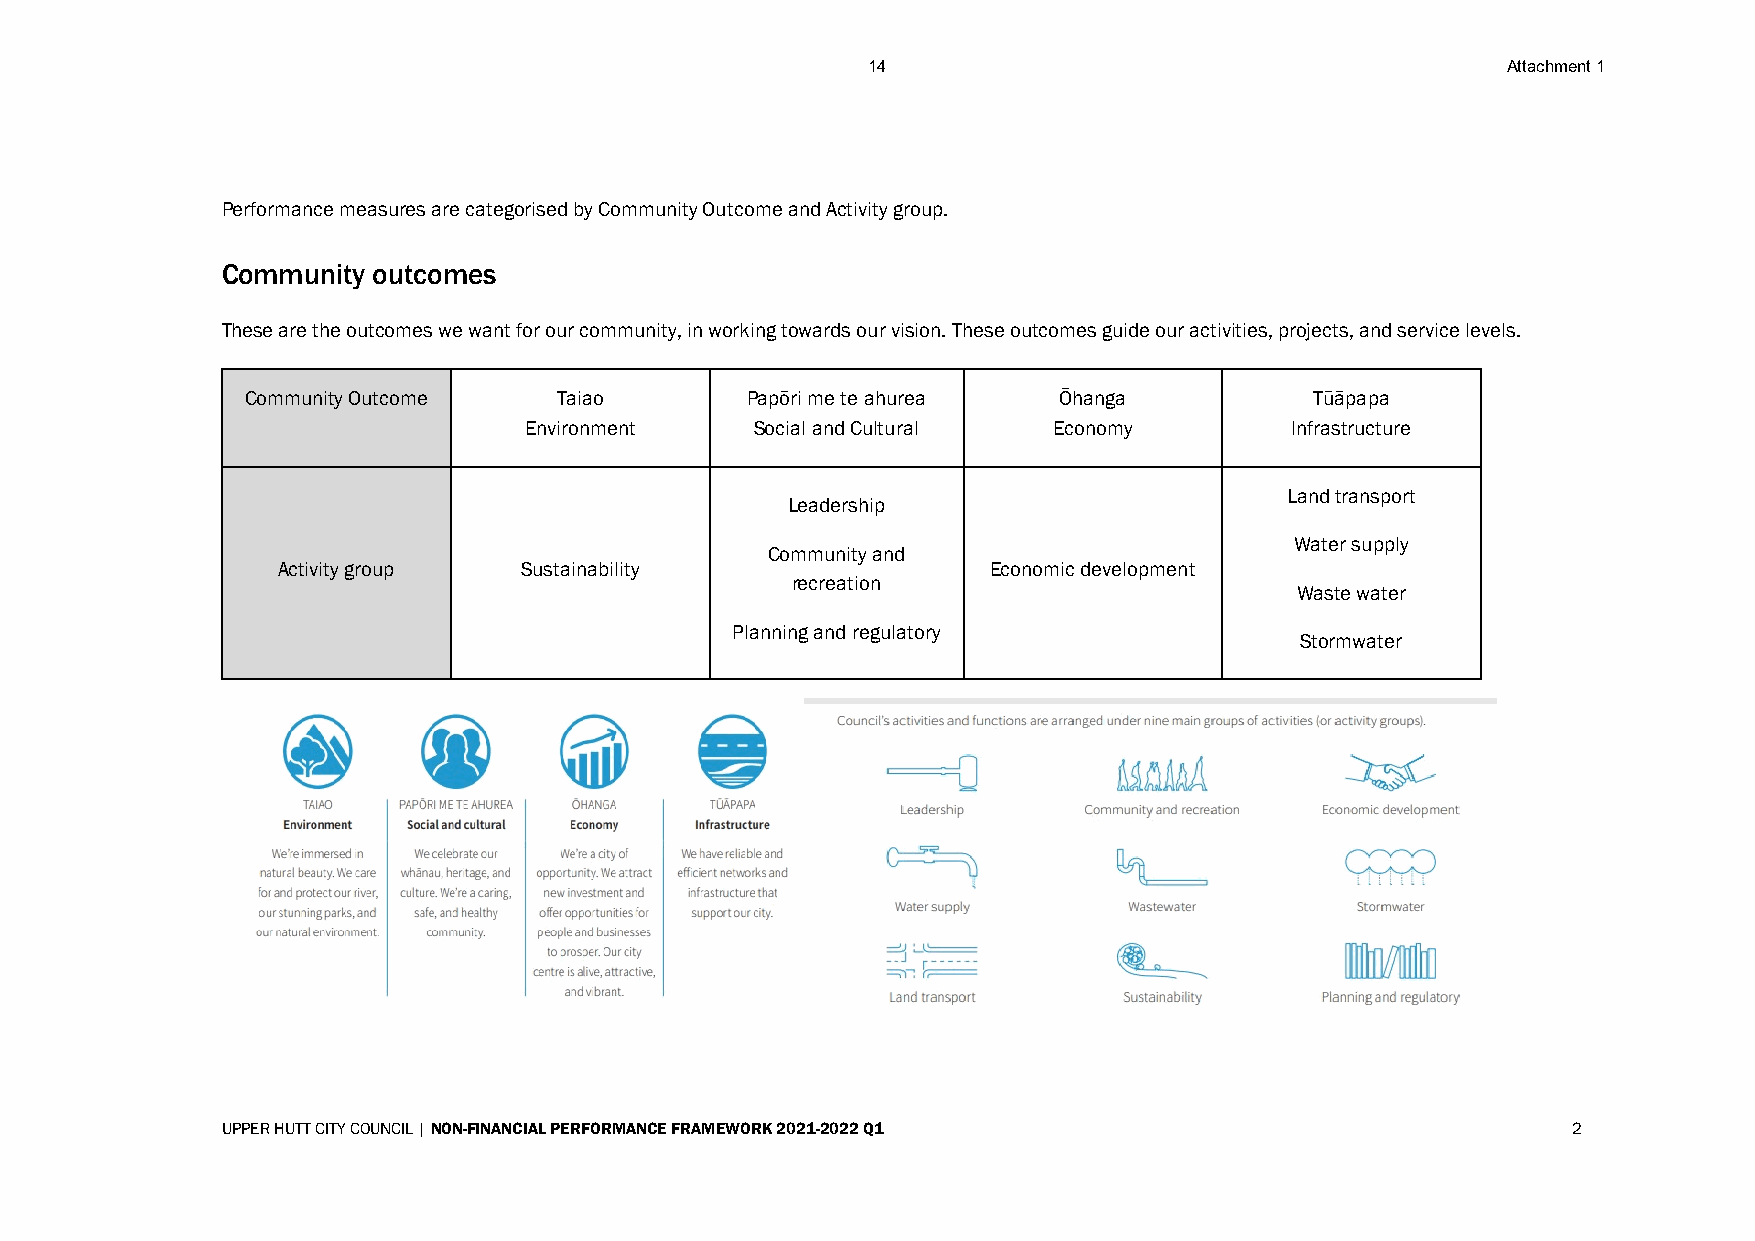
14                                         Attachment 1
 Performance measures are categorised by Community Outcome and Activity group.
 Community outcomes
 These are the outcomes we want for our community, in working towards our vision. These outcomes guide our activities, projects, and service levels.
 Community Outcome    Taiao       Papōri me te ahurea  Ōhanga           Tūāpapa
 Environment    Social and Cultural Economy        Infrastructure
 Land transport
 Leadership
 Water supply
 Community and
 Activity group  Sustainability                  Economic development
 recreation
 Waste water
 Planning and regulatory
 Stormwater
 UPPER HUTT CITY COUNCIL | NON-FINANCIAL PERFORMANCE FRAMEWORK 2021-2022 Q1               2